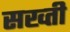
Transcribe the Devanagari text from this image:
सख्‍ती